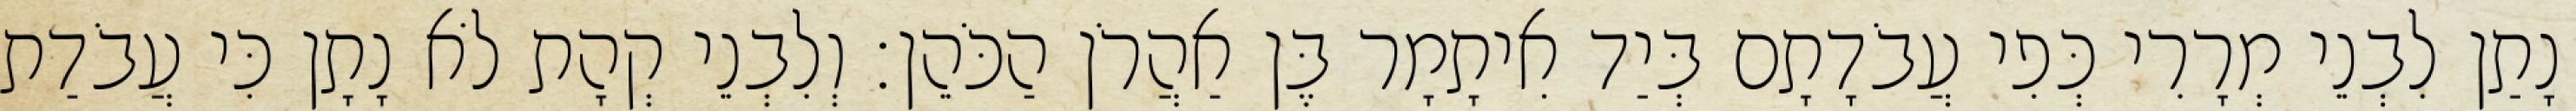
נָתַן לִבְנֵי מְרָרִי כְּפִי עֲבֹדָתָם בְּיַד אִיתָמָר בֶּן אַהֲרֹן הַכֹּהֵן׃ וְלִבְנֵי קְהָת לֹא נָתָן כִּי עֲבֹדַת